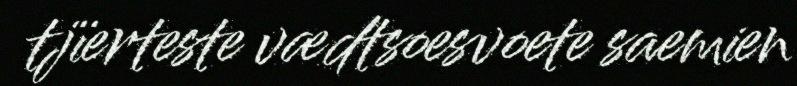
tjïerteste vædtsoesvoete saemien